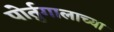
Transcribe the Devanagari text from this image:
पोर्तुगालाच्या